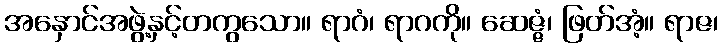
အနှောင်အဖွဲ့နှင့်တကွသော။ ရာဂံ၊ ရာဂကို။ ဆေဇ္ဇံ၊ ဖြတ်အံ့။ ရာဇ၊